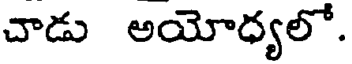
చాడు అయోధ్యలో.